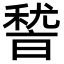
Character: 𮃛